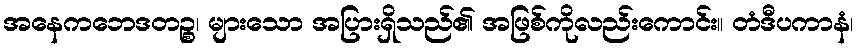
အနေကဘေဒတဉ္စ၊ များသော အပြားရှိသည်၏ အဖြစ်ကိုလည်းကောင်း။ တံဒီပကာနံ၊